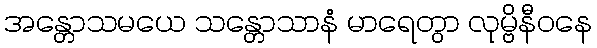
အန္တောသမယေ သန္တောသာနံ မာရေတွာ လုမ္ဗိနီဝနေ